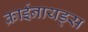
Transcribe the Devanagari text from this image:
क्राईनायड्स